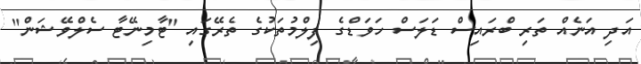
އަދި އަނެއް ތަރި ބްރައިސް ޑަލަސް ހަވަޑްގެ ފިލްމުތަކުގެ ތެރޭގައި "ޓާމިނޭޓާ ސެލްވޭޝަން"